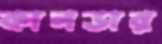
কানডার